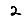
Digit: 2